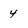
Character: 4